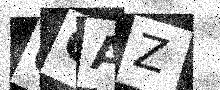
Text: CCAZ